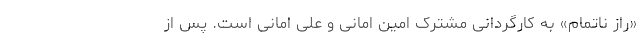
«راز ناتمام» به کارگردانی مشترک امین امانی و علی امانی است. پس از